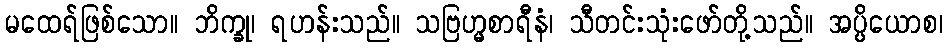
မထေရ်ဖြစ်သော။ ဘိက္ခု၊ ရဟန်းသည်။ သဗြဟ္မစာရီနံ၊ သီတင်းသုံးဖော်တို့သည်။ အပ္ပိယောစ၊